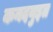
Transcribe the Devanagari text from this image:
कनदयुइत